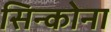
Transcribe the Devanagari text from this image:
सिन्कोना